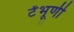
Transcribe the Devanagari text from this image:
टेंभूर्णी